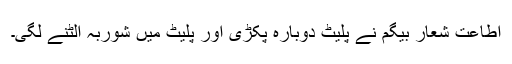
اطاعت شعار بیگم نے پلیٹ دوبارہ پکڑی اور پلیٹ میں شوربہ الٹنے لگی۔